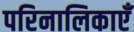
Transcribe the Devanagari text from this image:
परिनालिकाएँ